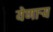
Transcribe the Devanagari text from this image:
येणार्‍य